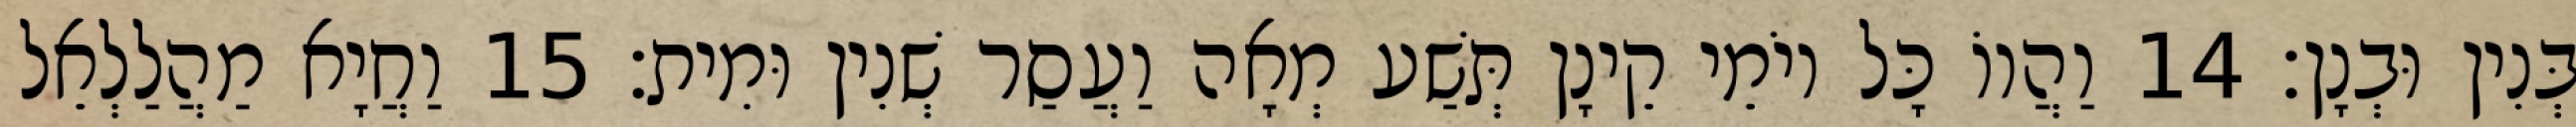
בְּנִין וּבְנָן׃ 14 וַהֲווֹ כָּל יוֹמֵי קֵינָן תְּשַׁע מְאָה וַעֲסַר שְׁנִין וּמִית׃ 15 וַחֲיָא מַהֲלַלְאֵל